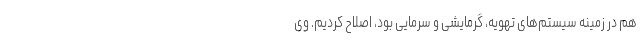
هم در زمینه سیستم‌های تهویه، گرمایشی و سرمایی بود، اصلاح کردیم. وی